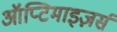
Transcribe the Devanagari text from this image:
ऑप्टिमाइज़र्स